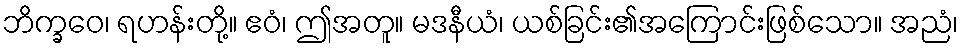
ဘိက္ခဝေ၊ ရဟန်းတို့။ ဧဝံ၊ ဤအတူ။ မဒနီယံ၊ ယစ်ခြင်း၏အကြောင်းဖြစ်သော။ အညံ၊